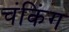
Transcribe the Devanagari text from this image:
चंकिंग